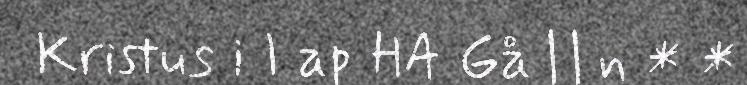
Kristus i I ap HA Gå | | n * *